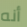
أنه